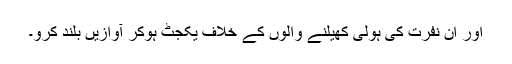
اور ان نفرت کی ہولی کھیلنے والوں کے خلاف یکجٹ ہوکر آوازیں بلند کرو۔